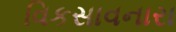
વિકસાવનારા